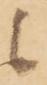
候